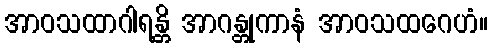
အာဝသထာဂါရန္တိ အာဂန္တုကာနံ အာဝသထဂေဟံ။